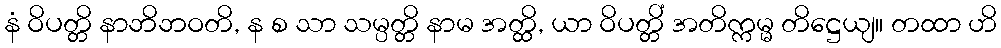
နံ ဝိပတ္တိ နာဘိဘဝတိ, န စ သာ သမ္ပတ္တိ နာမ အတ္ထိ, ယာ ဝိပတ္တိံ အတိက္ကမ္မ တိဋ္ဌေယျ။ တထာ ဟိ